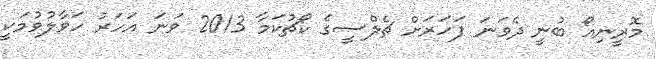
މޮރީިނިއޯ ބުނީ ދެވަނަ ފަހަރަށް ޗެލްސީގެ ކޯޗުކަމާ 2013 ވަނަ އަހަރު ހަވާލުވުމަކީ